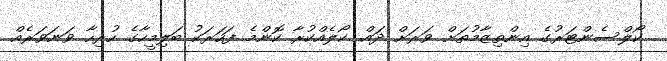
ކޯލްސެންޓަރުގެ އިންތިޒާމުތަށް ވަރަށް ދައް. ކޯލެއްކުރާ ކޮންމެ ފަހަރަކު ބަލިމީހާގެ ހުރިހާ ވަނަވަރެއް